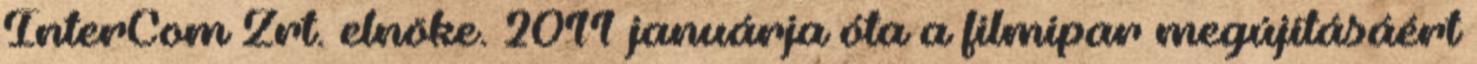
InterCom Zrt. elnöke. 2011 januárja óta a filmipar megújításáért